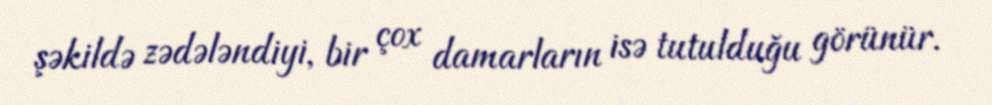
şəkildə zədələndiyi, bir çox damarların isə tutulduğu görünür.